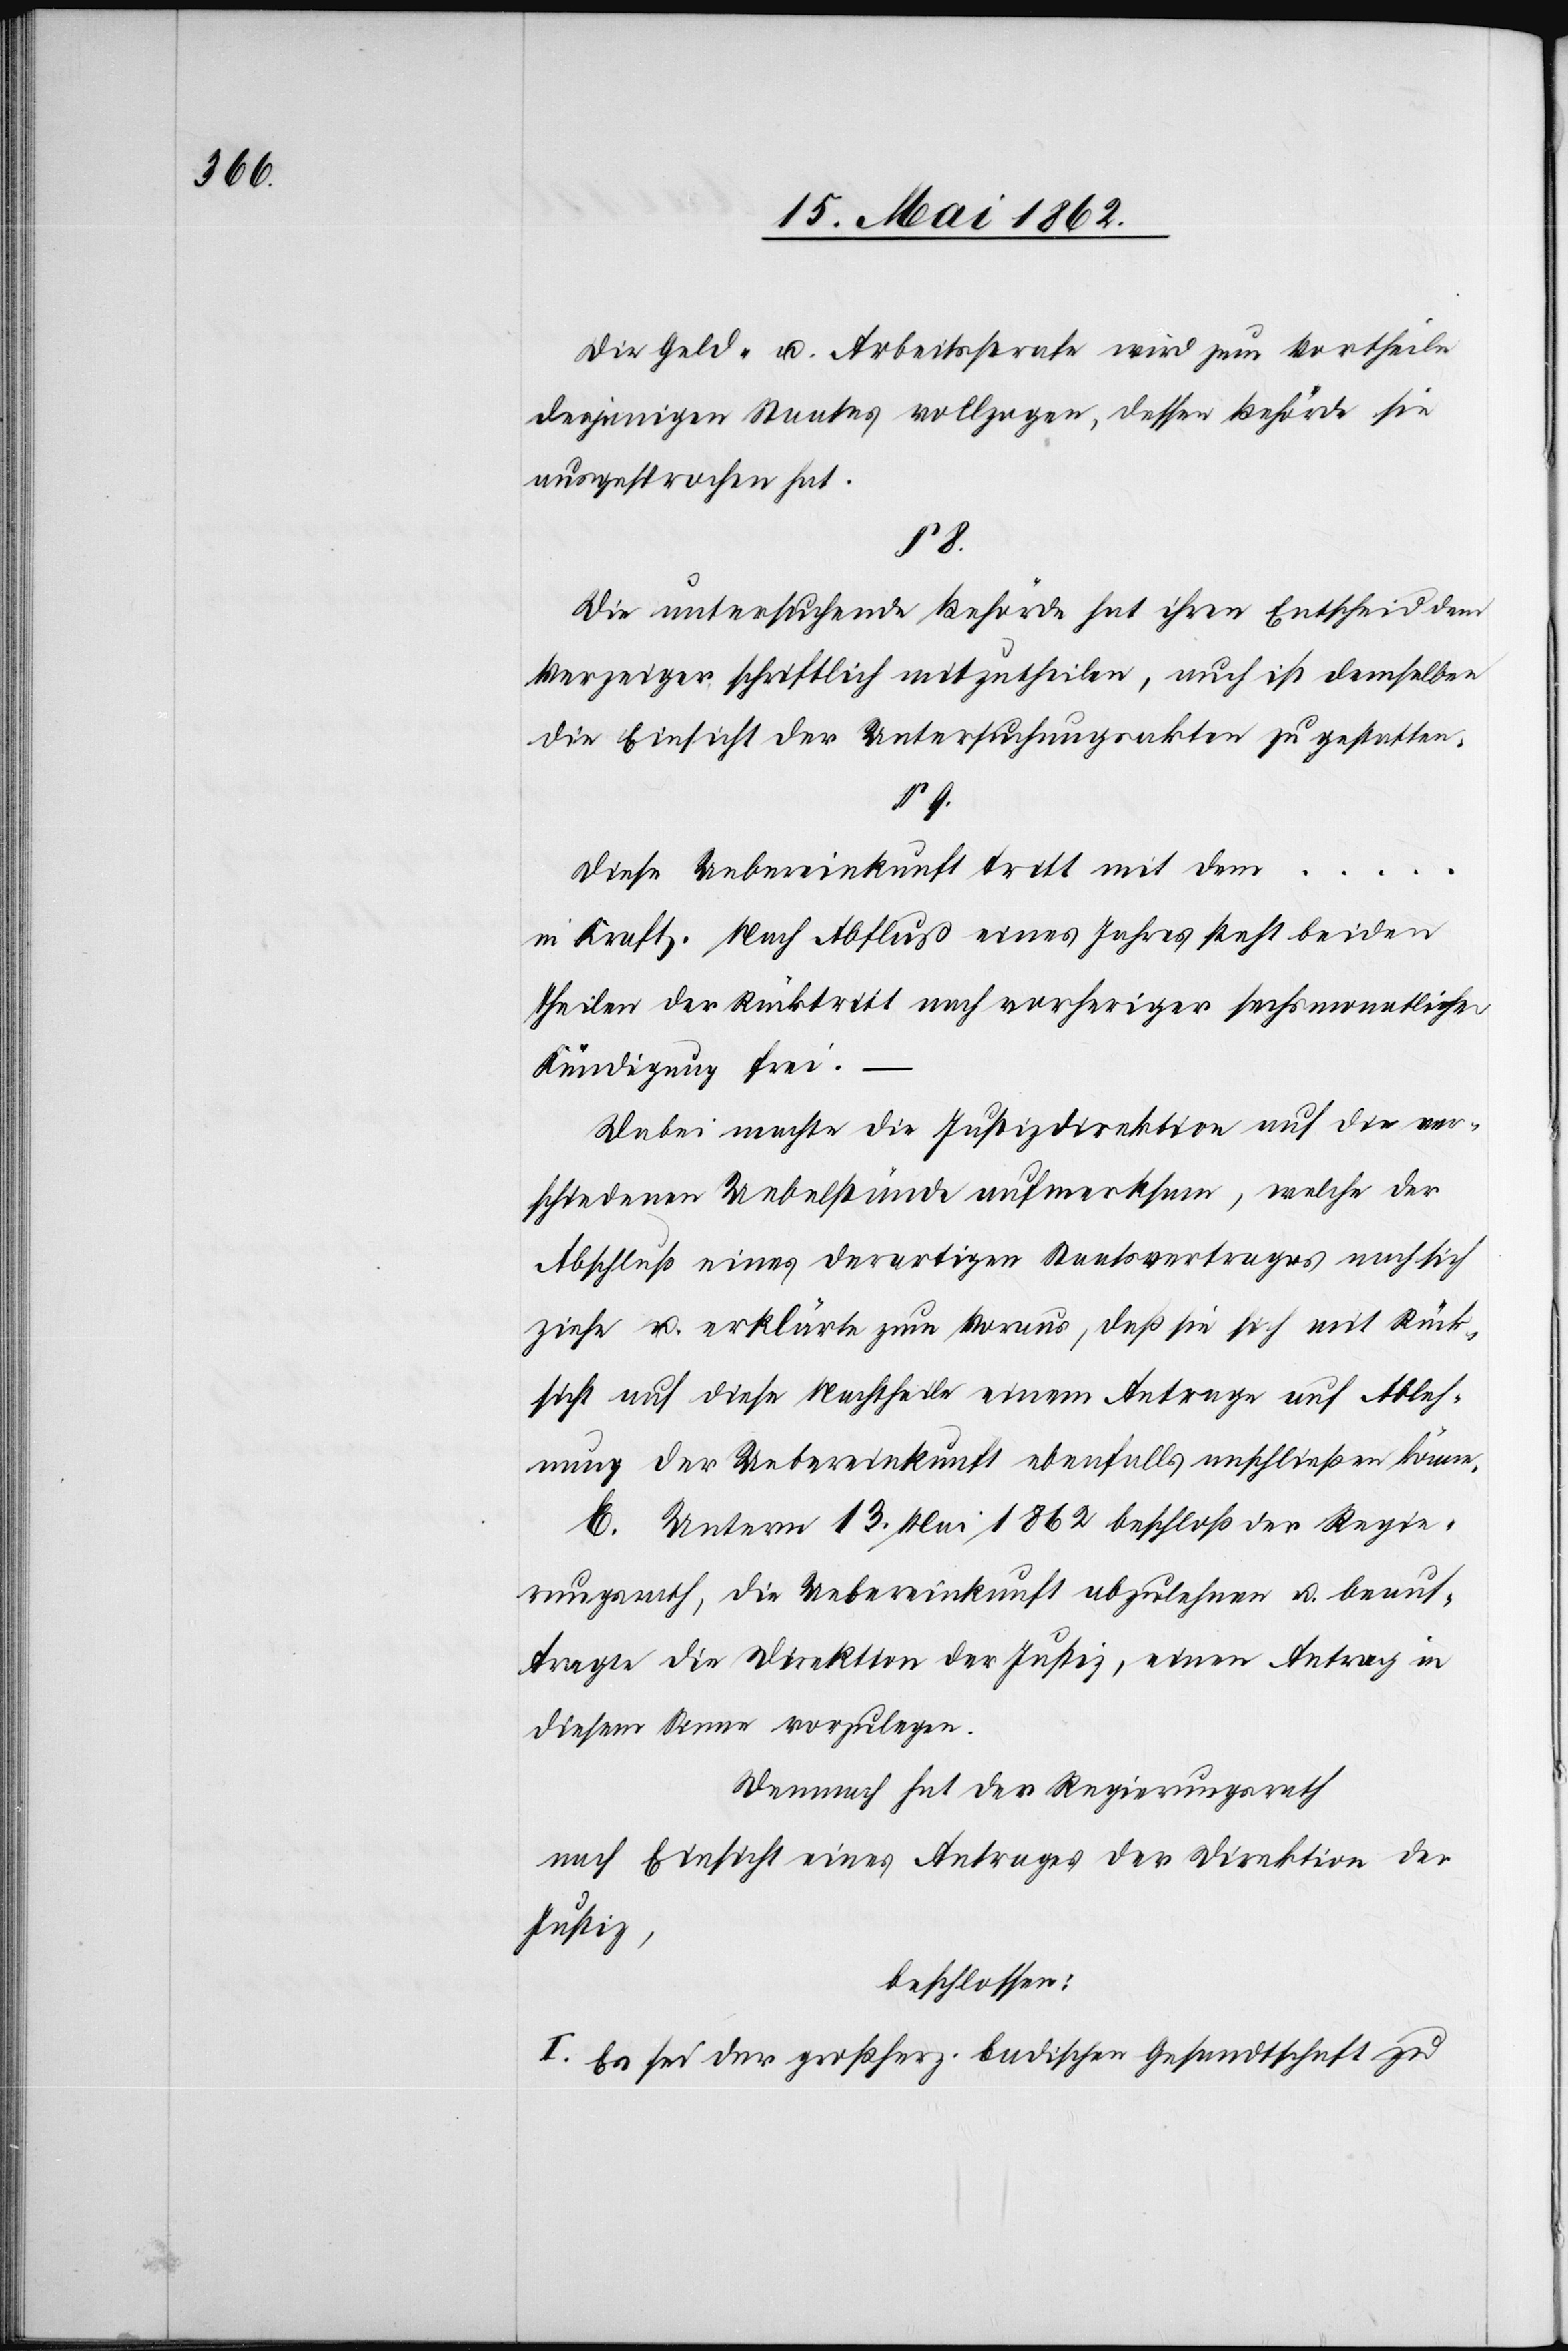
Die Geld- u. Arbeitsstrafe wird zum Vortheile
desjenigen Staates vollzogen, dessen Behörde sie
ausgesprochen hat.
§. 8.
Die untersuchende Behörde hat ihren Entscheid dem
Verzeiger schriftlich mitzutheilen, auch ist demselben
die Einsicht der Untersuchungsakten zu gestatten.
§. 9.
Diese Uebereinkunft tritt mit dem …
in Kraft. Nach Abfluß eines Jahres steht beiden
Theilen der Rücktritt nach vorheriger sechsmonatlicher
Kündigung frei.
Dabei machte die Justizdirektion auf die ver¬
schiedenen Uebelstände aufmerksam, welche der
Abschluß eines derartigen Staatsvertrages nach sich
ziehe u. erklärte zum Voraus, daß sie sich mit Rück¬
sicht auf diese Nachteile einem Antrage auf Ableh¬
nung der Uebereinkunft ebenfalls anschließen könne.
E. Unterm 13. Mai 1862 beschloß der Regie¬
rungsrath, die Uebereinkunft abzulehnen u. beauf¬
tragte die Direktion der Justiz, einen Antrag in
diesem Sinne vorzulegen.
Demnach hat der Regierungsrath
nach Einsicht eines Antrages der Direktion der
Justiz,
beschlossen:
I. Es sei der großherz. badischen Gesandtschaft zu